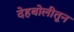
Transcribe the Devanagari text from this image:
देहबोलीतून